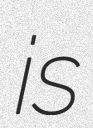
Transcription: is